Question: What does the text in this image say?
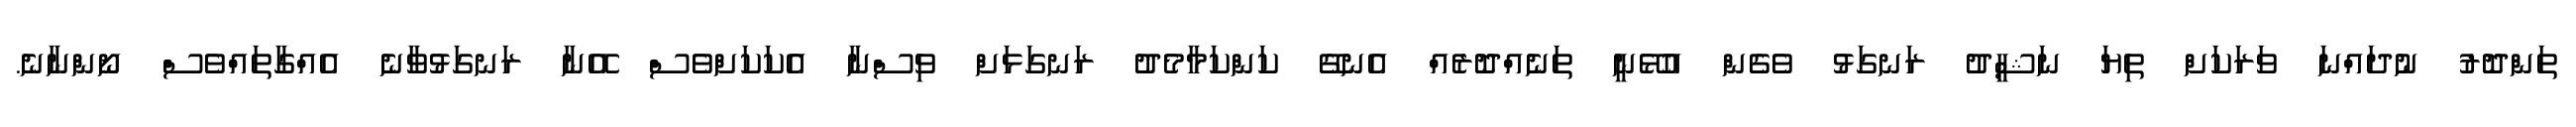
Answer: ތަންދޮރު ނުދައްނަ ވަރަކަށް ތިޔަ ނަޝީދު ރަނގަޅު ވެގެން އުޅޭނީ ތަނެއްދޮރެއް އެނގޭ ކަންކަމާމެދު ރަނގަޅަށް ވިސްނާ އެކަކަށްވެސް އޭނާ ރަނގަޅުވާނެ އެއްގާތައްވެސް ނޯންނާނެ.